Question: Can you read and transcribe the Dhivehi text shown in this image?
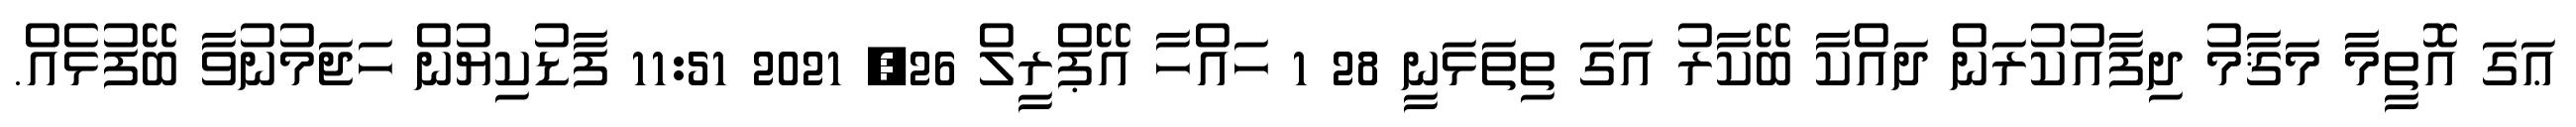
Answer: ޢަގަ އޮތީމާ މަޤާމު ދިފާއުކުރަން ދައްކާ ބޭކާރު އަގަ ތިތަޅަނީ 28 1 ހައްހާ އޭޕްރީލް 26, 2021 11:51 ފާޑުކިޔުން ހަޖަމުނުވާ ބޭފުޅެއް.